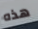
هذه